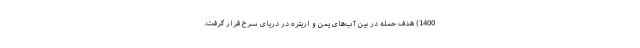
1400) هدف حمله در بین آب‌های یمن و اریتره در دریای سرخ قرار گرفت.